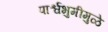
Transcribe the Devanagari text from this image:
पार्श्वभुमीमुळे